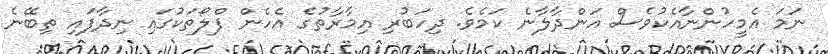
ނަމަ އެމީހުންނާއެކުވެސް އަންދާލާނެ ކަމެވެ. ދިހަބުރި އިމާރާތުގެ އެހެން ފްލޯތަކުގައި ނިދާފައި ތިބޭނެ